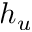
h _ { u }